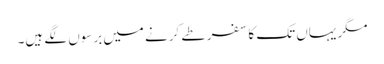
مگر یہاں تک کا سفر طے کرنے میں برسوں لگے ہیں۔